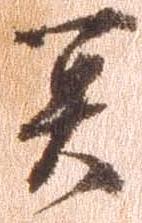
冥